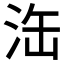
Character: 𣳬